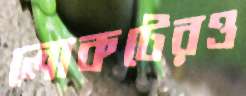
লোকটেরও